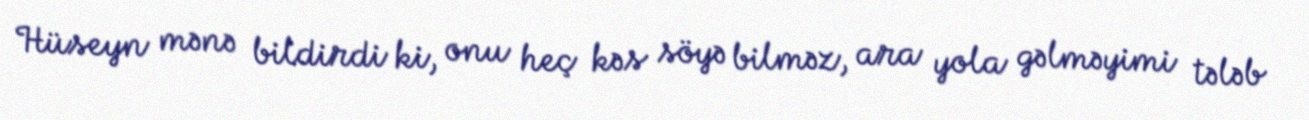
Hüseyn mənə bildirdi ki, onu heç kəs söyə bilməz, ara yola gəlməyimi tələb